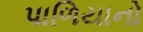
પાળિયાનો